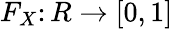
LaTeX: F_{X}\colon R\to[0,1]